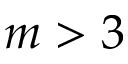
m > 3